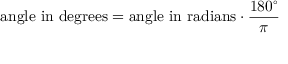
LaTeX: { \mathrm { a n g l e ~ i n ~ d e g r e e s } } = { \mathrm { a n g l e ~ i n ~ r a d i a n s } } \cdot { \frac { 1 8 0 ^ { \circ } } { \pi } }